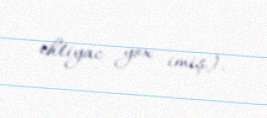
ehtiyac yox imiş).